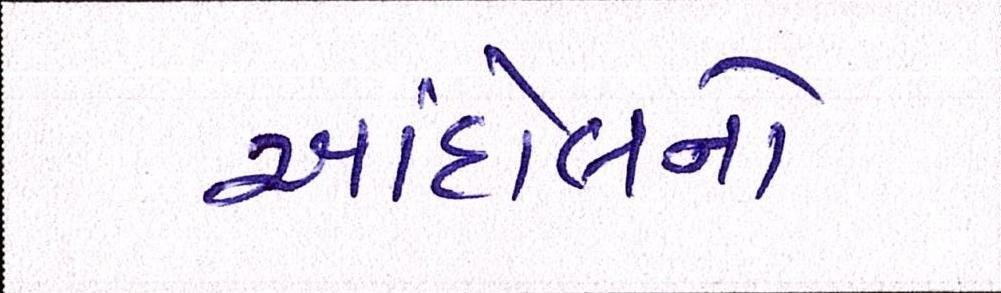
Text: આંદોલનો